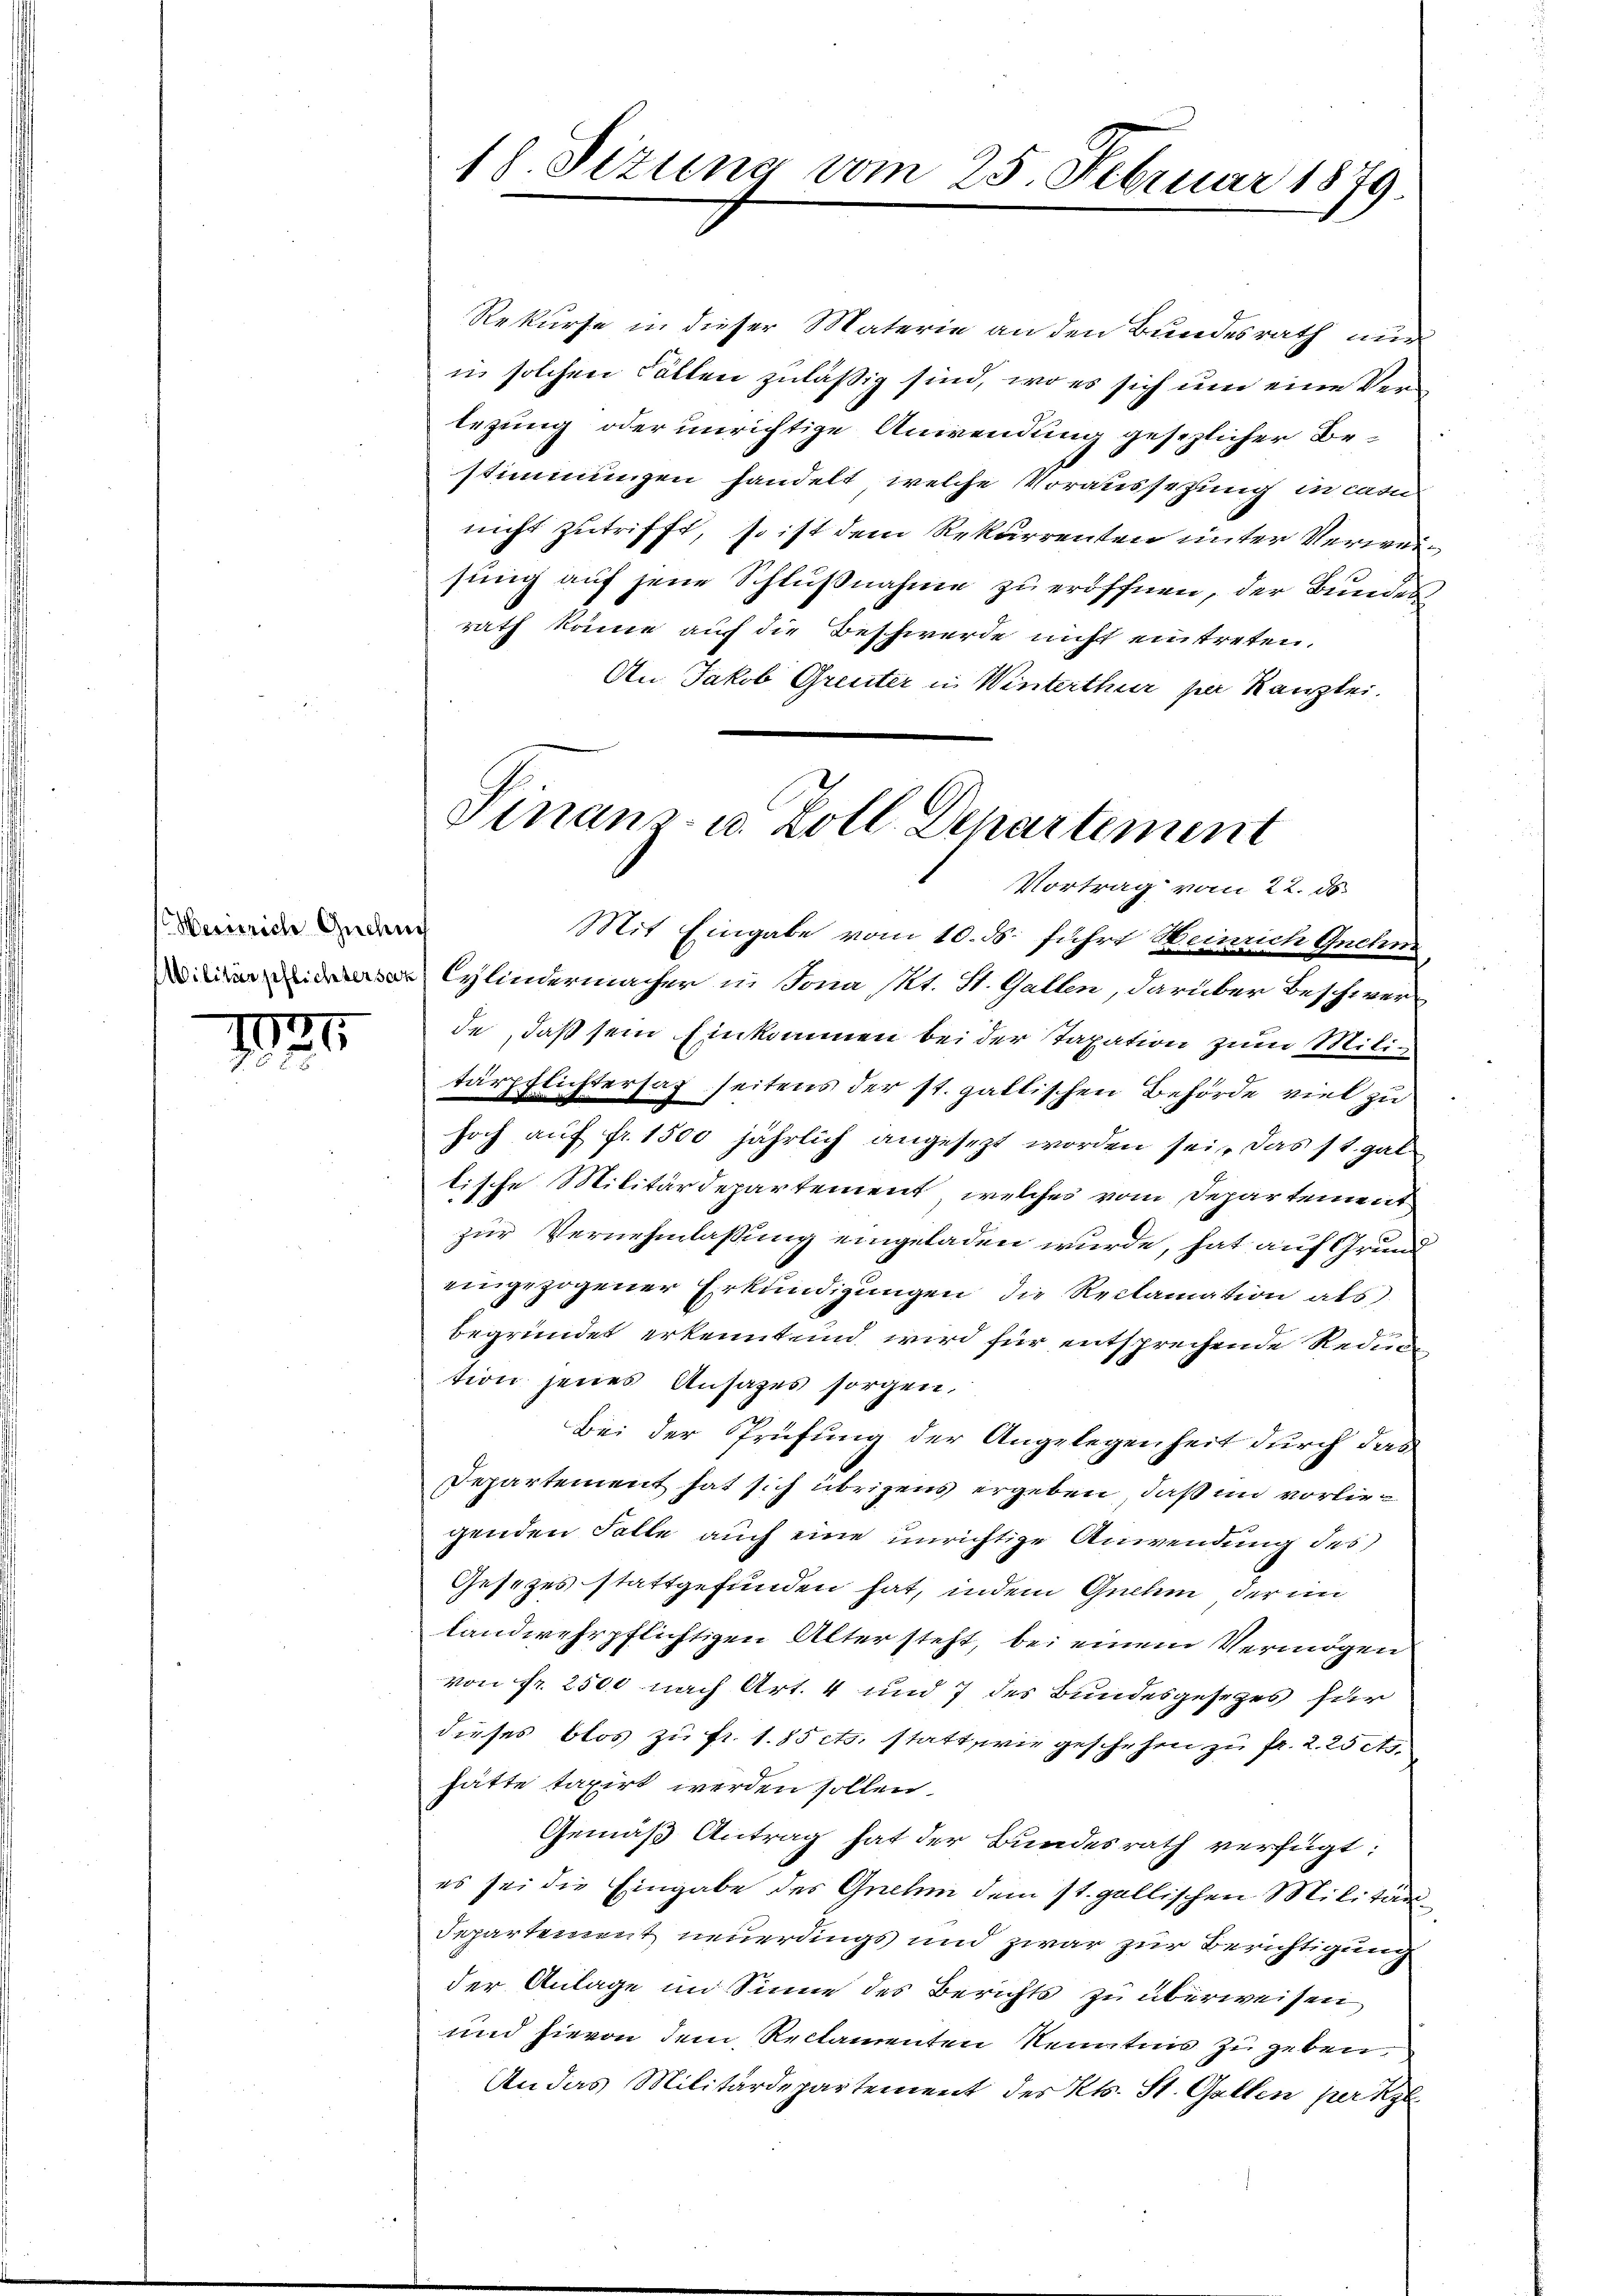
Heinrich Gedu

I27
752.

18. Sizung vom 25. Februar 1879.

Rekurse in dieser Materie an den Bundesrath nur
in solchen Fällen zuläßig sind, wo es sich um eine Verlegung oder unrichtige Anwendung gesezlicher Bestimmungen handelt, welche Voraussetzung in cam
nicht zutrifft, so ist dem Rekurrenten unter Verweisung auf jene Schlußnahme zu eröffnen, der Bundesrath könne auf die Beschwerde nicht eintreten.
An Jakob Greuter in Winterthur par Kanzlei.
Finanz- u. Zoll Departement

Vortrag vom 22. ds.

Mit Eingabe vom 10. ds. führt Heinrich Gnehm
Cylindermacher in Sona Mt. St. Gallen, darüber Beschwerde, daß sein Einkommen bei der Taxation zum Miliz-
tärpflichtersaz seitens der st. gallischen Behörde viel zu
hoch auf fr. 1500 jährlich angesezt worden sei, das st. gal
tische Militärdepartement, welches vom Departement
zur Vernehmlassung eingeladen wurde, hat auf Grund
eingezogener Erkundigungen die Reclamation als
begründet erkennt und wird für entsprechende Redun
tion jenes Ansatzes sorgen,
Bei der Prüfung der Angelegenheit durch das
Departement hat sich übrigens ergeben, daß im vorliegenden Falle auch eine unrichtige Anwendung des
Gesetzes stattgefunden hat, indem Gnehm, der im
landwehrpflichtigen Alter steht, bei einem Vermögen
von Fr. 2500 nach Art. 4 und 7 des Bundesgesezes für
dieses blos zu fr. 1. 85 cts. statt, wie geschehen zu fr. 2. 25 t
hätte taxirt werden sollen.
Gemäß Antrag hat der Bundesrath verfügt:
es sei die Eingabe des Gnehm dem st. gallischen Militär
Departement neuerdings und zwar zur Berichtigung
der Anlage im Sinne des Berichts zu überweisen
und hievon dem Reclamenten Kenntnis zu geben.
An das Militärdepartement des Kts. St. Gallen per Kl